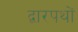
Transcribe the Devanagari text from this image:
द्वारपथों